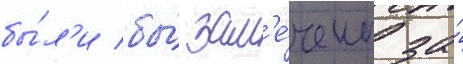
бы́л'и бы́ зам'е́чены за́